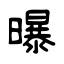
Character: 曝